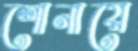
শোনায়ে